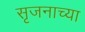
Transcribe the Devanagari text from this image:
सृजनाच्या